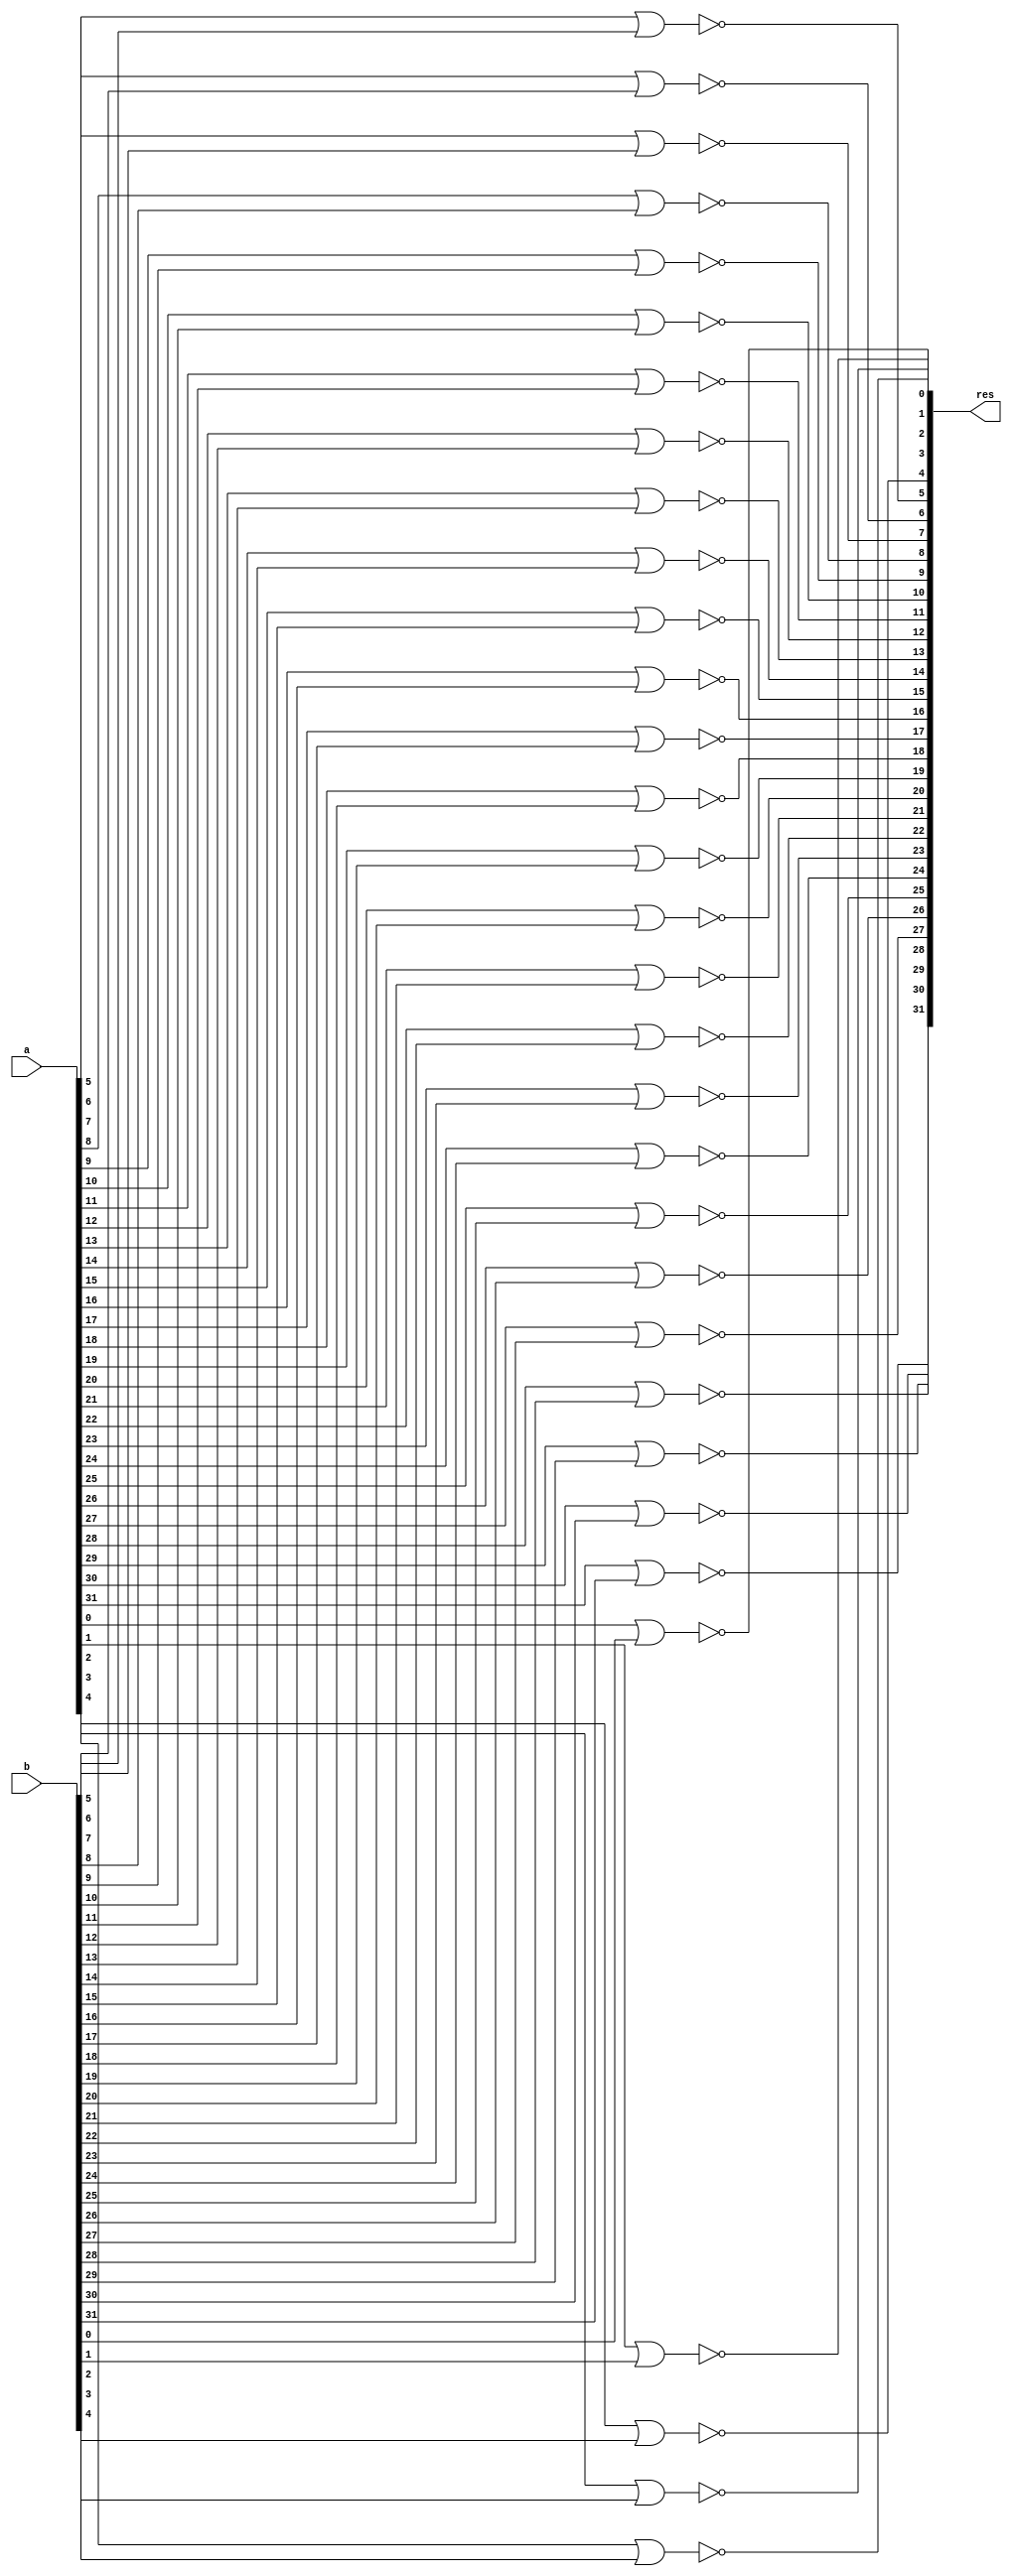
module nor_opr(res, a, b);
input [31:0] a, b;
output [31:0] res;

nor NO0(res[0], a[0], b[0]),
	 NO1(res[1], a[1], b[1]),
	 NO2(res[2], a[2], b[2]),
	 NO3(res[3], a[3], b[3]),
	 NO4(res[4], a[4], b[4]),
	 NO5(res[5], a[5], b[5]),
	 NO6(res[6], a[6], b[6]),
	 NO7(res[7], a[7], b[7]),
	 NO8(res[8], a[8], b[8]),
	 NO9(res[9], a[9], b[9]),
	 NO10(res[10], a[10], b[10]),
	 NO11(res[11], a[11], b[11]),
	 NO12(res[12], a[12], b[12]),
	 NO13(res[13], a[13], b[13]),
	 NO14(res[14], a[14], b[14]),
	 NO15(res[15], a[15], b[15]),
	 NO16(res[16], a[16], b[16]),
	 NO17(res[17], a[17], b[17]),
	 NO18(res[18], a[18], b[18]),
	 NO19(res[19], a[19], b[19]),
	 NO20(res[20], a[20], b[20]),
	 NO21(res[21], a[21], b[21]),
	 NO22(res[22], a[22], b[22]),
	 NO23(res[23], a[23], b[23]),
	 NO24(res[24], a[24], b[24]),
	 NO25(res[25], a[25], b[25]),
	 NO26(res[26], a[26], b[26]),
	 NO27(res[27], a[27], b[27]),
	 NO28(res[28], a[28], b[28]),
	 NO29(res[29], a[29], b[29]),
	 NO30(res[30], a[30], b[30]),
	 NO31(res[31], a[31], b[31]);

endmodule